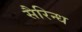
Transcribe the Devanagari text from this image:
सैरिन्ध